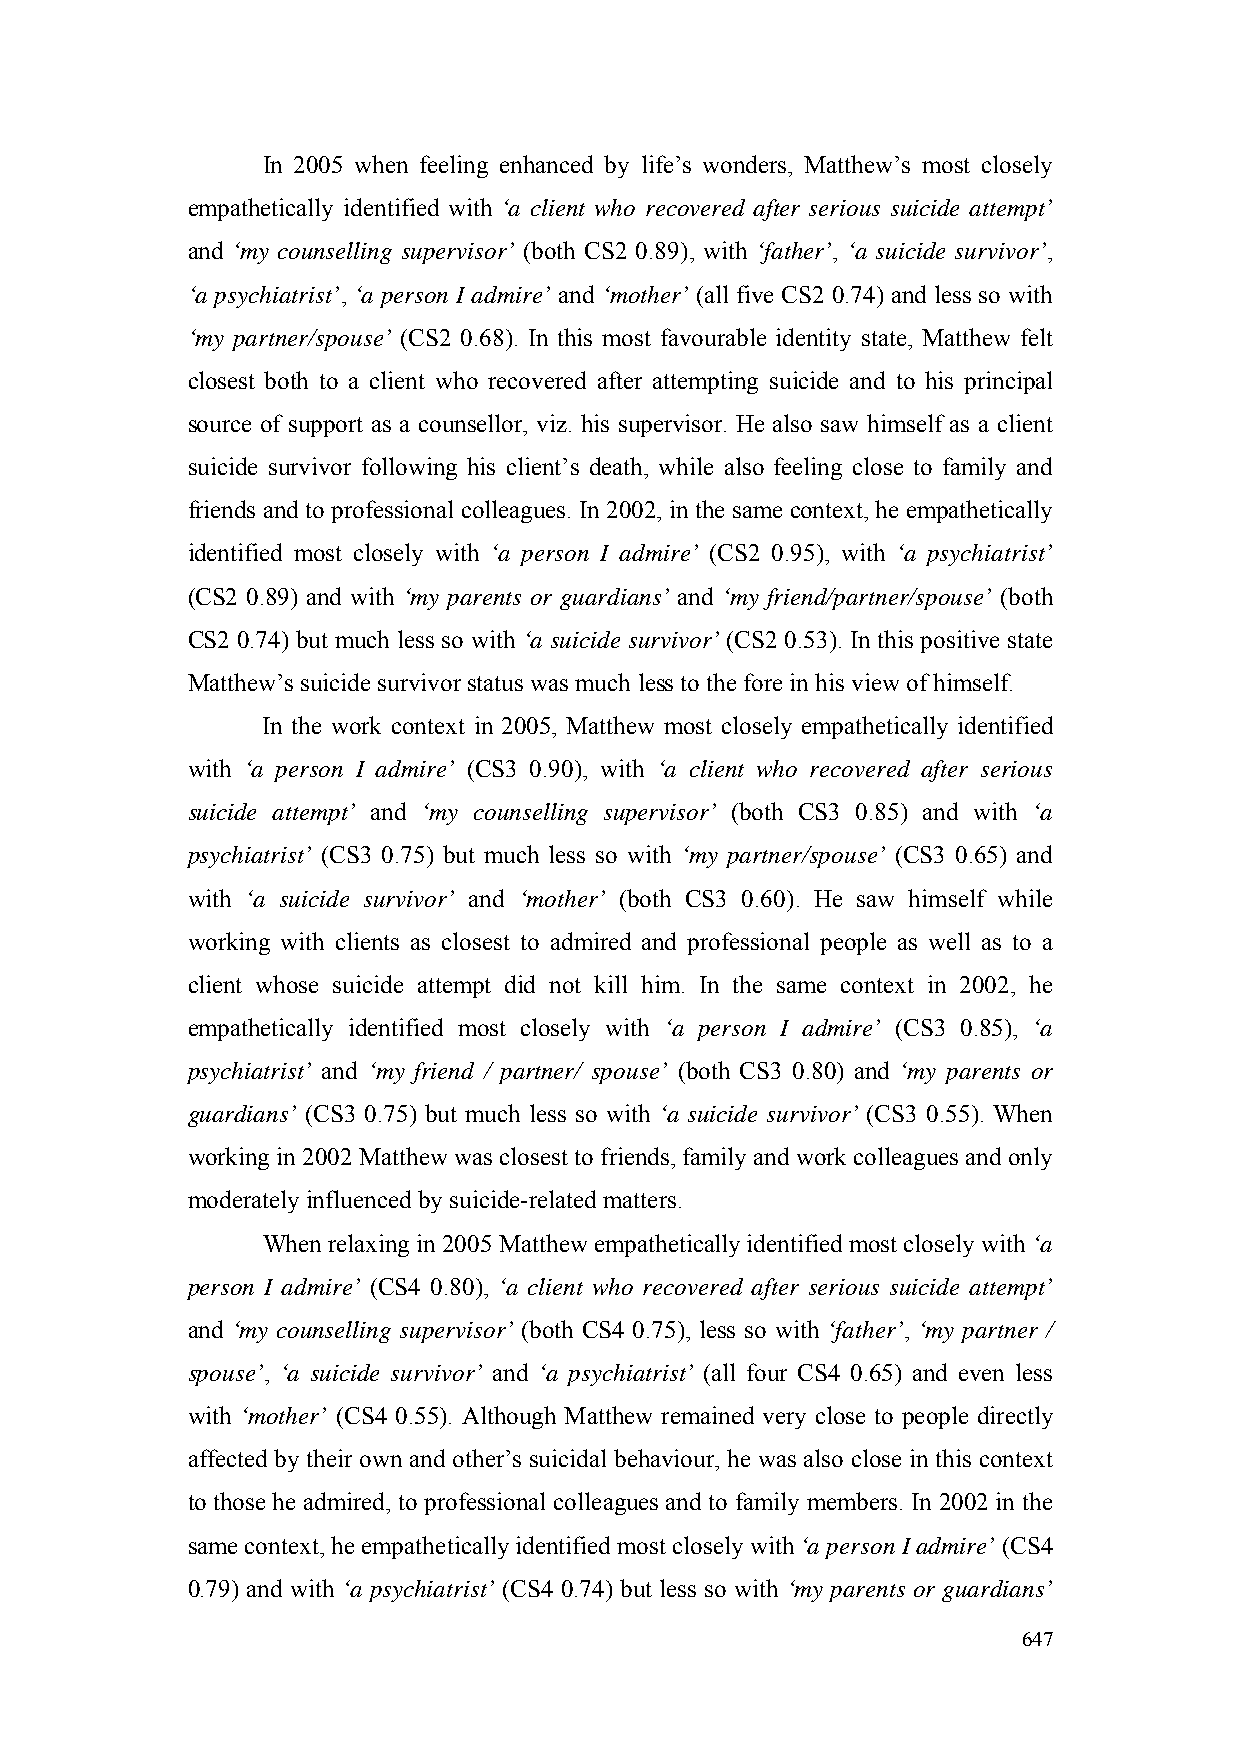
In 2005 when feeling enhanced by life’s wonders, Matthew’s most closely
 empathetically identified with ‘a client who recovered after serious suicide attempt’
 and ‘my counselling supervisor’ (both CS2 0.89), with ‘father’, ‘a suicide survivor’,
 ‘a psychiatrist’, ‘a person I admire’ and ‘mother’ (all five CS2 0.74) and less so with
 ‘my partner/spouse’ (CS2 0.68). In this most favourable identity state, Matthew felt
 closest both to a client who recovered after attempting suicide and to his principal
 source of support as a counsellor, viz. his supervisor. He also saw himself as a client
 suicide survivor following his client’s death, while also feeling close to family and
 friends and to professional colleagues. In 2002, in the same context, he empathetically
 identified most closely with ‘a person I admire’ (CS2 0.95), with ‘a psychiatrist’
 (CS2 0.89) and with ‘my parents or guardians’ and ‘my friend/partner/spouse’ (both
 CS2 0.74) but much less so with ‘a suicide survivor’ (CS2 0.53). In this positive state
 Matthew’s suicide survivor status was much less to the fore in his view of himself.
 In the work context in 2005, Matthew most closely empathetically identified
 with ‘a person I admire’ (CS3 0.90), with ‘a client who recovered after serious
 suicide attempt’ and ‘my counselling supervisor’ (both CS3 0.85) and with ‘a
 psychiatrist’ (CS3 0.75) but much less so with ‘my partner/spouse’ (CS3 0.65) and
 with ‘a suicide survivor’ and ‘mother’ (both CS3 0.60). He saw himself while
 working with clients as closest to admired and professional people as well as to a
 client whose suicide attempt did not kill him. In the same context in 2002, he
 empathetically identified most closely with ‘a person I admire’ (CS3 0.85), ‘a
 psychiatrist’ and ‘my friend / partner/ spouse’ (both CS3 0.80) and ‘my parents or
 guardians’ (CS3 0.75) but much less so with ‘a suicide survivor’ (CS3 0.55). When
 working in 2002 Matthew was closest to friends, family and work colleagues and only
 moderately influenced by suicide-related matters.
 When relaxing in 2005 Matthew empathetically identified most closely with ‘a
 person I admire’ (CS4 0.80), ‘a client who recovered after serious suicide attempt’
 and ‘my counselling supervisor’ (both CS4 0.75), less so with ‘father’, ‘my partner /
 spouse’, ‘a suicide survivor’ and ‘a psychiatrist’ (all four CS4 0.65) and even less
 with ‘mother’ (CS4 0.55). Although Matthew remained very close to people directly
 affected by their own and other’s suicidal behaviour, he was also close in this context
 to those he admired, to professional colleagues and to family members. In 2002 in the
 same context, he empathetically identified most closely with ‘a person I admire’ (CS4
 0.79) and with ‘a psychiatrist’ (CS4 0.74) but less so with ‘my parents or guardians’
 647